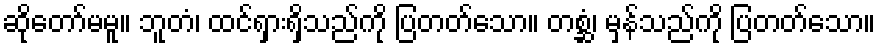
ဆိုတော်မမူ။ ဘူတံ၊ ထင်ရှားရှိသည်ကို ပြတတ်သော။ တစ္ဆံ၊ မှန်သည်ကို ပြတတ်သော။